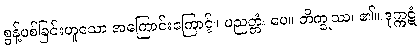
စွန့်ပစ်ခြင်းဟူသော အကြောင်းကြောင့်။ ပညတ္တံ၊ ပေ။ ဘိက္ခုဿ၊ ၏။ ဒုက္ကဋံ